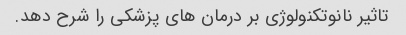
تاثیر نانوتکنولوژی بر درمان های پزشکی را شرح دهد.